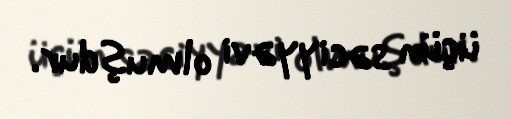
üçün səciyyəvi olmuşdur.